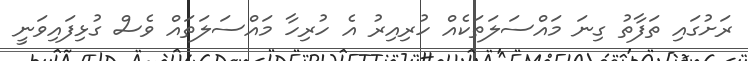
ރަށުގައި ތަފާތު ގިނަ މައްސަލަތަކެއް ހުރިިއިރު އެ ހުރިހާ މައްސަލަތައް ވެސް ގުޅިފައިވަނީ